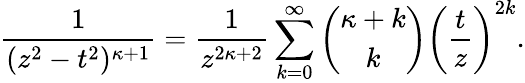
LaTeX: \frac{1}{(z^{2}-t^{2})^{\kappa+1}}=\frac{1}{z^{2\kappa+2}}\sum_{k=0}^{\infty}\left(\begin{array}{c}{{\kappa+k}}\\ {{k}}\end{array}\right)\left(\frac{t}{z}\right)^{2k}.